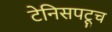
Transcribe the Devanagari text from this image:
टेनिसपटूच